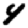
Digit: 4